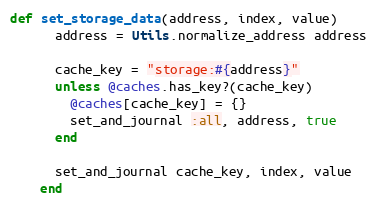
Language: Ruby
def set_storage_data(address, index, value)
      address = Utils.normalize_address address

      cache_key = "storage:#{address}"
      unless @caches.has_key?(cache_key)
        @caches[cache_key] = {}
        set_and_journal :all, address, true
      end

      set_and_journal cache_key, index, value
    end